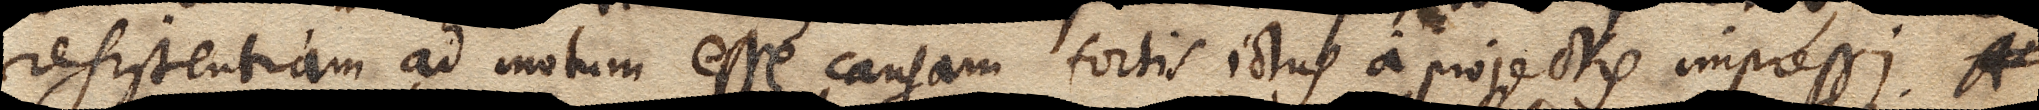
resistentiam ad motum esse causam fortis ictus a projectis impressi. Ac